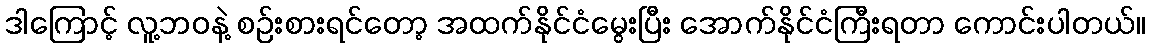
ဒါကြောင့် လူ့ဘဝနဲ့ စဉ်းစားရင်တော့ အထက်နိုင်ငံမွေးပြီး အောက်နိုင်ငံကြီးရတာ ကောင်းပါတယ်။